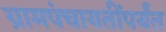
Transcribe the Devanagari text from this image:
ग्रामपंचायतींपर्यंत